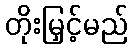
တိုးမြှင့်မည်